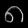
Digit: ၈